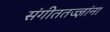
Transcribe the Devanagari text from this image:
संगीततज्ज्ञांना